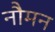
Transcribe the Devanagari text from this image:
नौमन